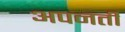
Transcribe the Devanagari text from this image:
अपनती